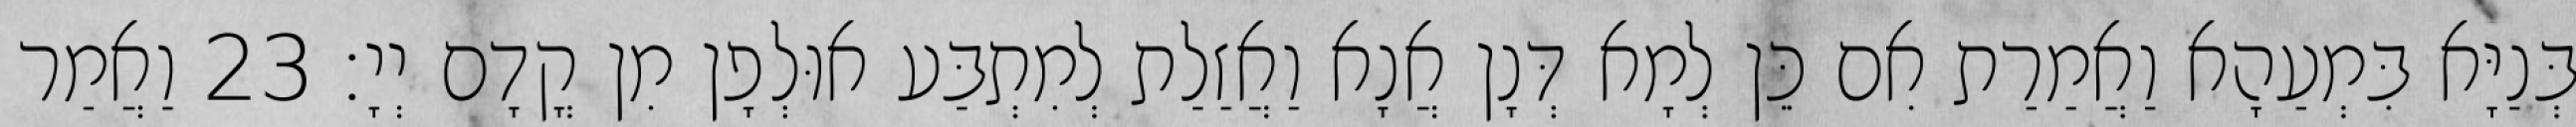
בְּנַיָּא בִּמְעַהָא וַאֲמַרַת אִם כֵּן לְמָא דְּנָן אֲנָא וַאֲזַלַת לְמִתְבַּע אוּלְפָן מִן קֳדָם יְיָ׃ 23 וַאֲמַר